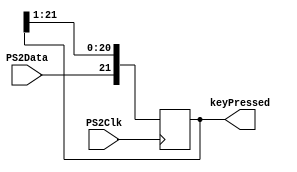
`define PARBIT scanCode [1]
`define PARVAL scanCode[2]^scanCode[3]^scanCode[4]^scanCode[5]^scanCode[6]^scanCode[7]^scanCode[8]^scanCode[9]
module Lab5_Keyboard(PS2Clk, PS2Data, keyPressed);
input PS2Clk, PS2Data;
output reg [21:0] keyPressed;


always @(negedge PS2Clk)
begin
keyPressed <= keyPressed >> 1;
keyPressed[21] <= PS2Data;
end

endmodule